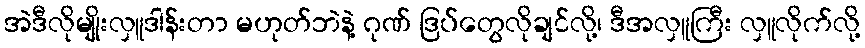
အဲဒီလိုမျိုးလှူဒါန်းတာ မဟုတ်ဘဲနဲ့ ဂုဏ် ဒြပ်တွေလိုချင်လို့၊ ဒီအလှူကြီး လှူလိုက်လို့